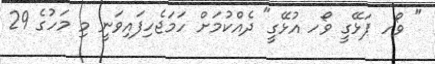
" ވޯހ ޕަޅޭގީ ވޯހ އުޅޭގީ" ދެއްކުމަށް ހަމަޖެހިފައިވަނީ މި މަހުގެ 29